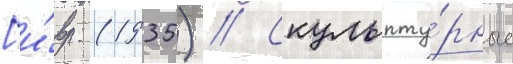
[и́вр. (1935) // Скульпту́рные